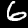
Digit: 6